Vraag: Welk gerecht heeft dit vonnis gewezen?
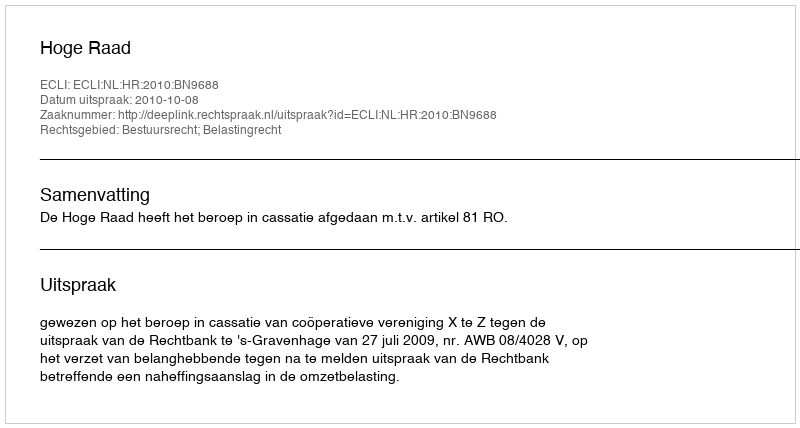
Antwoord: Hoge Raad